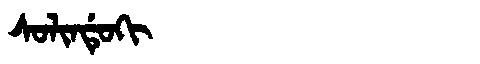
Manchu: ᠰᠣᠯᡳᠨᡩᡠᡴᡳ
Romanization: SOLINDUKI